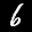
Label: 6